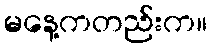
မနေ့ကတည်းက။